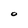
Character: O